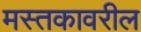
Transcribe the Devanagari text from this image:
मस्तकावरील